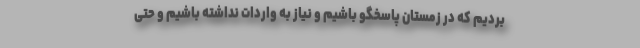
بردیم که در زمستان پاسخگو باشیم و نیاز به واردات نداشته باشیم و حتی